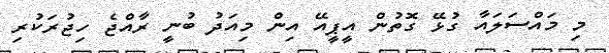
މި މައްސަލައާ ގުޅޭ ގޮތުން އީޕީއޭ އިން މިއަދު ބުނީ ރާއްޖެ ހިޖުރަކުރި